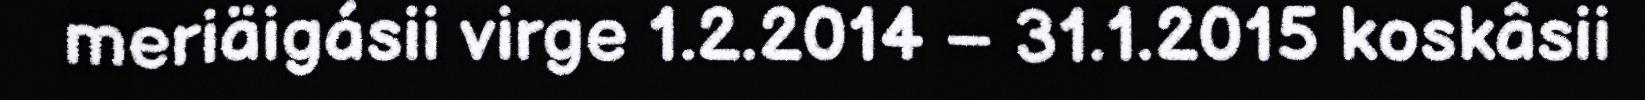
meriäigásii virge 1.2.2014 – 31.1.2015 koskâsii